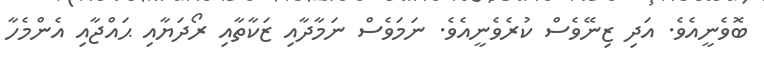
ބޮވެނީއެވެ. އަދި ޒިނޭވެސް ކުރެވެނީއެވެ. ނަމަވެސް ނަމާދާއި ޒަކާތާއި ރޯދަޔާއި ޙައްޖާއި އެންމެހާ